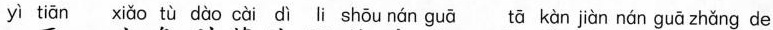
yì tiān xiǎo tù dào cài dì li shōu nán guā tā kàn jiàn nán guā zhǎng de